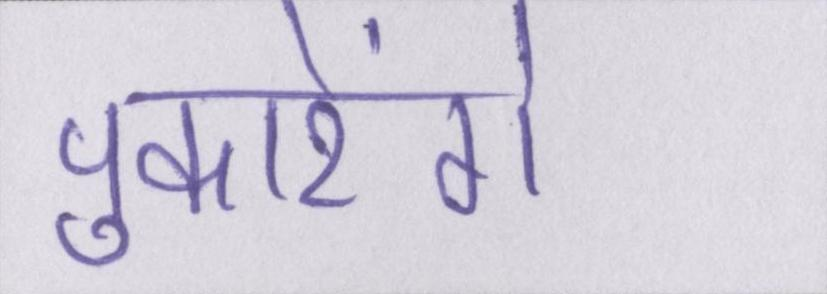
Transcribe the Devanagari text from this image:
पुकारेंगे